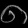
Digit: ၈